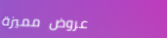
عروض مميزة